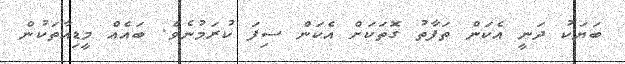
ބަޔަކު ދަނީ އެކަން ތަފާތު ގޮތަކަށް އެކަން ސިފަ ކުރަމުނެވެ. ބައެއް މީޑިއާތަކުން